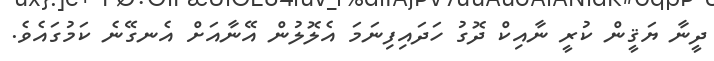
ދީނާ ޔަޤީން ކުރީ ނާއިކް ދޮގު ހަދައިފިނަމަ އެލޮލުން އޭނާއަށް އެނގޭނެ ކަމުގައެވެ.